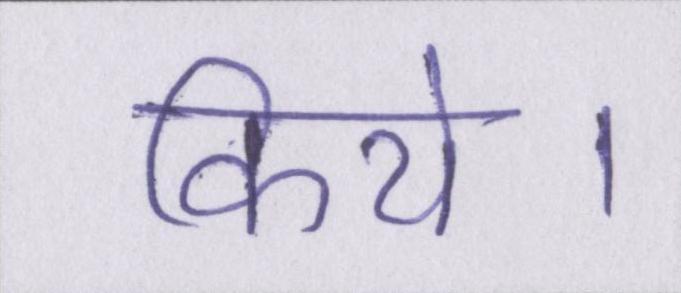
किये।